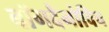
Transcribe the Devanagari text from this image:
बॉगदैनोविच